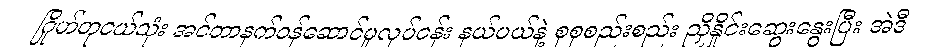
ဂြိုဟ်တုငယ်သုံး အင်တာနက်ဝန်ဆောင်မှုလုပ်ငန်း နယ်ပယ်နဲ့ စုစုစည်းစည်း ညှိနှိုင်းဆွေးနွေးပြီး အဲဒီ